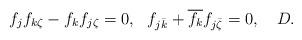
LaTeX: \begin{align*} f_jf_{k\zeta}-f_kf_{j\zeta}=0, \ \ f_{j\bar k}+\overline{f_k}f_{j\bar \zeta}=0, \ \ \ D.\end{align*}